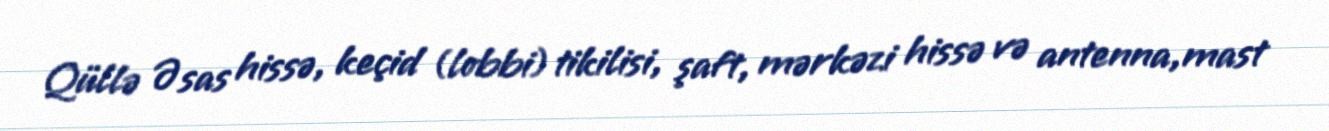
Qüllə Əsas hissə, keçid (lobbi) tikilisi, şaft, mərkəzi hissə və antenna,mast